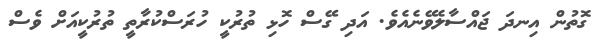
ގޮތުން އިނދަ ޖައްސާލެވޭނެއެވެ. އަދި ގޭސް ހޮޅި ތުރުކީ ހުރަސްކުރާތީ ތުރުކީއަށް ވެސް